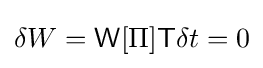
\delta W={\mathsf {W}}[\Pi ]{\mathsf {T}}\delta t=0